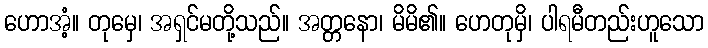
ဟောအံ့။ တုမှေ၊ အရှင်မတို့သည်။ အတ္တနော၊ မိမိ၏။ ဟေတုမှိ၊ ပါရမီတည်းဟူသော